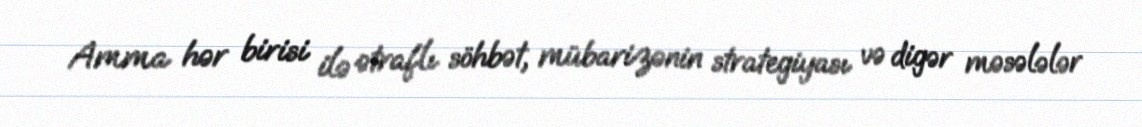
Amma hər birisi ilə ətraflı söhbət, mübarizənin strategiyası və digər məsələlər